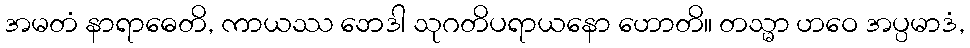
အမတံ နာရာဓေတိ, ကာယဿ ဘေဒါ သုဂတိပရာယနော ဟောတိ။ တသ္မာ ဟဝေ အပ္ပမာဒံ,